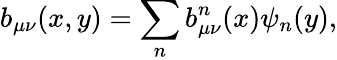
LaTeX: b_{\mu\nu}(x,y)=\sum_{n}b_{\mu\nu}^{n}(x)\psi_{n}(y),